Medical and sanitary report of the native army of Bengal for the year
Year: 1874
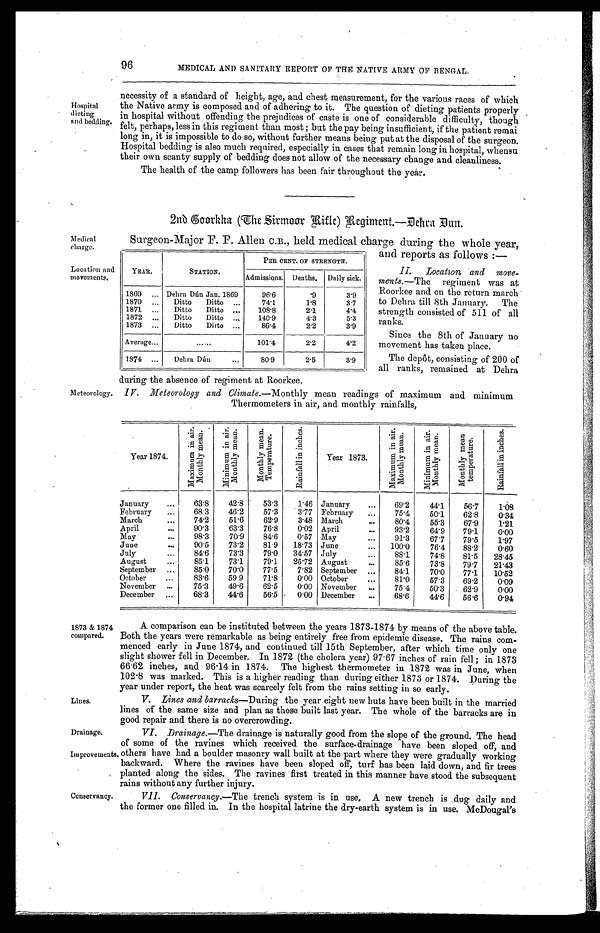
96
MEDICAL AND SANITARY REPORT OF THE NATIVE ARMY OF BENGAL.
Hospital
dieting
and bedding.
necessity of a standard of height, age, and chest measurement, for the various races of which
the Native army is composed and of adhering to it. The question of dieting patients properly
in hospital without offending the prejudices of caste is one of considerable difficulty, though
felt, perhaps, less in this regiment than most ; but the pay being insufficient, if the patient remai
long in, it is impossible to do so, without further means being put at the disposal of the surgeon.
Hospital bedding is also much required, especially in cases that remain long in hospital, whensu
their own scanty supply of bedding does not allow of the necessary change and cleanliness.
The health of the camp followers has been fair throughout the yeár.
2nb Goorkha (The Sirmoor Ritle) Regiment.—Dehra Dun.
Medical
charge.
Location and
movements.
Meteorology.
Surgeon-Major F. F. Allen C.B., held. medical charge during the whole year,
and reports as follows :—
II. Location and move-
men ts.—The regiment was at
Roorkee and on the return march
to Debra till 8th January. The
strength consisted of 511 of all
ranks.
Since the 8th of January no
movement has taken place.
The depôt, consisting of 200 of
all ranks, remained at Dehra
during the absence of regiment at Roorkee.
IV. Meteorology and Climate.— Monthly mean readings of maximum and minimum
Thermometers in air, and monthly rainfalls,
Year 1874.
M a x i m u m i n a i r . M o n t h l y m e a n .
M i n i m u m i n a i r . M o n t h l y m e a n .
M o n t h l y m e a n T e m p e r a t u r e .
R a i n f a l l i n i n c h e s .
Year 1873.
M a x i m u m i n a i r . M o n t h l y m e a n .
M i n i m u m i n a i r . M o n t h l y m e a n .
M o n t h l y m e a n t e m p e r a t u r e .
R a i n f a l l i n i n c h e s .
January . . .
63.8
42.8
53.3
1.46
January . . .
69.2
44.1
56.7
1.08
February . . .
68.3
46.2
57.3
3.77
February . . .
75.4
50.1
62.8
0.34
March . . .
74.2
51.6
62.9
3.48
March . . .
80.4
55.3
67.9
1.21
April . . .
90.3
63.3
76.8
0.02
April . . .
93.2
64.9
79.1
0.00
May . . .
98.3
70.9
8 4 . 6
0.57
May . . .
91.3
67.7
79.5
1.97
June . . .
90.5
73.2
81.9
18.73
June . . .
100.0
76.4
88.2
0.60
July . . .
84.6
73.3
79.0
34.57
July . . .
88.1
74.8
81.5
28.45
August . . .
85.1
73.1
79.1
25.72
August . . .
85.6
73.8
79.7
21.43
September . . .
85.0
70.0
77.5
7.82
September . . .
84.1
70.0
77.1
10.52
October . . .
83.6
59.9
71.8
0.00
October . . .
81.0
57.3
69.2
0.09
November . . .
75.3
49.6
62.5
0.00
November . . .
75.4
50.3
62.9
0.00
December . . .
68.3
44.6
56.5
0.00
December . . .
68.6
44.6
56.6
0.94
YEAR.
STATION.
PER CENT. OF STRENGTH.
Admissions.
Deaths.
Daily sick.
1869 . . .
Debra Dún Jan.1869 . . .
96.6
.9
3.9
1870 . . .
Ditto Ditto . . .
74.1
1.8
3.7
1871 . . .
Ditto Ditto . . .
108.8
2.1
4.4
1872 . . .
Ditto Ditto . . .
140.9
4.3
5.3
1873
. . .
Ditto Ditto . . .
86.4
2.2
3.9
Average . . .
. . .
101.4
2.2
4.2
1874 . . .
Debr a Dún. . . .
80.9
2.5
3.9
1873 & 1874
compared.
Lines.
Drainage.
Improvements.
Conservancy.
A comparison can be instituted between the years 1873-1874 by means of the above table.
Both the years were remarkable as being entirely free from epidemic disease. The rains com-
menced early in June 1874, and continued till 15th September, after which time only one
slight shower fell in December. In 1872 (the cholera year) 97.67 inches of rain fell; in 1873
66.62 inches, and 96.14 in 1874. The highest thermometer in 1872 was in June, when
102.8 was marked. This is a higher reading than during either 1873 or 1874. During the
year under report, the heat was scarcely felt from the rains setting in so early.
V. Lines and barracks— During the year eight new huts have been built in the married
lines of the same size and plan as those built last year. The whole of the barracks are in
g o o d r e p a i r a n d t h e r e i s n o o v e r c r o w d i n g .
VI. Drainage.— The drainage is naturally good from the slope of the ground. The head
of some of the ravines which received the surface-drainage have been sloped off, and
others have had a boulder masonry wall built at the part where they were gradually working
backward. Where the ravines have been sloped off, turf has been laid down, and fir trees
planted along the sides. The ravines first treated in this manner have stood the subsequent
rains without any further injury.
VII. Conservancy.- The trench system is in use, A new trench is dug daily and
the former one filled in. In the hospital latrine the dry-earth system is in use. McDougal's